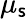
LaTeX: \mu_{\mathsf{s}}